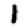
Digit: 1